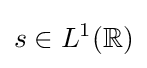
s\in L^{1}(\mathbb {R} )